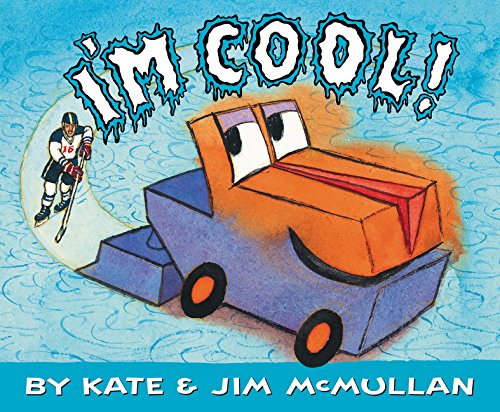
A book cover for I'm Cool!; Kate McMullan; Children's Books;